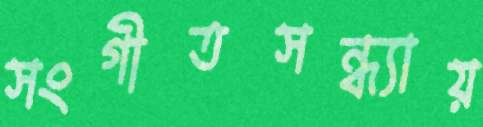
সংগীতসন্ধ্যায়